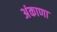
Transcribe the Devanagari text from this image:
अंकाणा